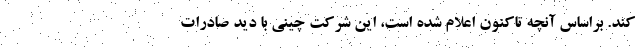
کند. براساس آنچه تاکنون اعلام شده است، این شرکت چینی با دید صادرات